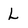
Character: L